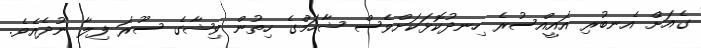
ގެއަށް އެނބުރި އައީއްސުރެ ހިނދުކޮޅަކަށްވެސް ޝާހަމްގެ ހިތުން ވިޝާގެ ސޫރަ ފިލާ ނުދެއެވެ.